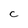
Character: c